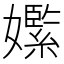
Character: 𡣵